Vaccination North-Western Provinces and Oudh 1878-1895 - 1878-1895
Year: 1878
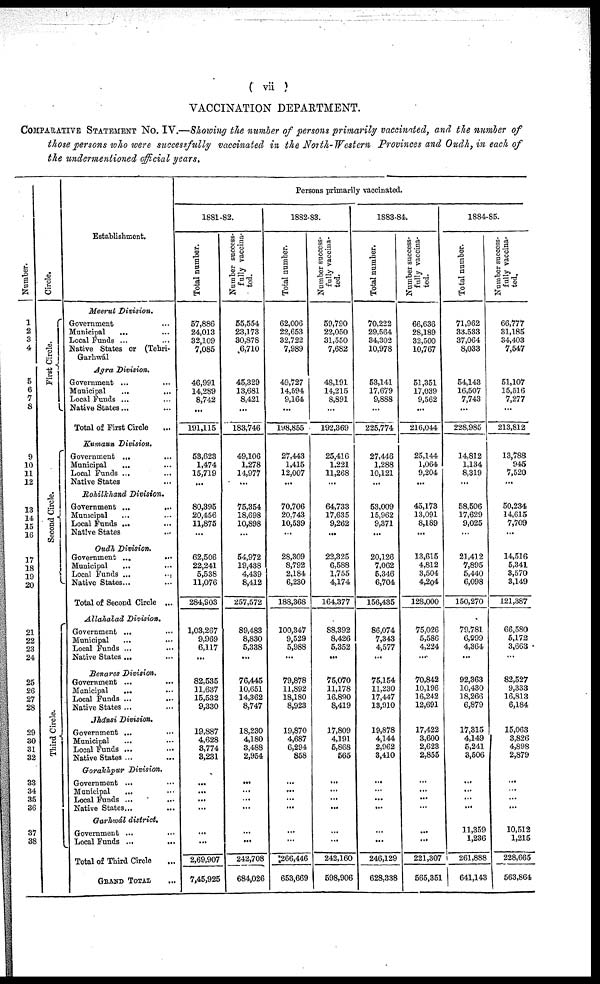
( vii )
VACCINATION DEPARTMENT.
COMPARATIVE STATEMENT No. IV.—Showing the number of persons primarily vaccinated, and the number of
those persons who were successfully vaccinated in the North-Western Provinces and Oudh, in each of
the undermentioned official years.
Number.
1
2
3
4
5
6
7
8
9
10
11
12
13
14
15
16
17
18
19
20
21
22
23
24
25
26
27
28
29
30
31
32
33
34
35
36
37
38
Circle.
First Circle.
Second Circle.
Third Circle.
Establishment.
Meerut Division.
Government ...
Municipal
... ...
Local Funds ... ...
Native States or (Tehri-
Garhwál
Agra Division.
Government ... ...
Municipal ... ...
Local Funds ... ...
Native States... ...
Total of First Circle ...
Kumaun Division.
Government ... ...
Municipal
... ...
Local Funds ... ...
Native States ...
Rohilkhand Division.
Government ...
...
Municipal ... ...
Local Funds ... ...
Native States ...
Oudh Division.
Government ...
...
Municipal ... ...
Local Funds ... ...
Native States... ...
Total of Second Circle ...
Allahabad Division.
Government ... ...
Municipal ... ...
Local Funds ... ...
Native States ... ...
Benares Division.
Government ... ...
Municipal ... ...
Local Funds ... ...
Native States ... ...
Jhánsi Division.
Government ... ...
Municipal ... ...
Local Funds ... ...
Native States ... ...
Gorakhpur Division.
Government ...
...
Municipal ... ...
Local Funds ... ...
Native States... ...
Garhiwál district.
Government ... ...
Local Funds ... ...
Total of Third Circle ...
GRAND TOTAL ...
Persons primarily vaccinated.
1881-82.
Total number.
57,886
24,013
32,109
7,085
46,991
14,289
8,742
...
191,115
53,623
1,474
15,719
...
80,395
20,456
11,875
...
62,506
22,241
5,538
11,076
284,903
1,03,267
9,969
6,117
...
82,535
11,637
15,532
9,330
19,887
4,628
3,774
3,231
...
...
...
...
...
...
2,69,907
7,45,925
Number success-
fully vaccina-
ted.
55,554
23,173
30,878
6,710
45,329
13,681
8,421
...
183,746
49,106
1,278
14,977
...
75,354
18,698
10,898
...
54,972
19,438
4,439
8,412
257,572
89,483
8,830
5,338
...
76,445
10,651
14,362
8,747
18,230
4,180
3,488
2,954
...
...
...
...
...
...
242,708
684,026
1882-83.
Total number.
62,006
22,653
32,722
7,989
49,727
14,594
9,164
...
198,855
27,443
1,415
12,007
...
70,706
20,743
10,539
...
28,309
8,792
2,184
6,230
188,368
100,347
9,529
5,988
...
79,878
11,892
18,180
8,923
19,870
4,687
6,294
858
...
...
...
...
...
...
266,446
653,669
Number success-
fully vaccina-
ted.
59,790
22,050
31,550
7,682
48,191
14,215
8,891
...
192,369
25,416
1,221
11,268
...
64,733
17,635
9,262
...
22,325
6,588
1,755
4,174
164,377
88,392
8,426
5,352
...
75,070
11,178
16,890
8,419
17,809
4,191
5,868
565
...
...
...
...
...
...
242,160
598,906
1883-84.
Total number.
70,222
29,564
34,302
10,978
53,141
17,679
9,888
...
225,774
27,446
1,288
10,121
...
53,009
15,962
9,371
...
20,126
7,062
5,346
6,704
156,435
86,074
7,343
4,577
...
75,154
11,230
17,447
13,910
19,878
4,144
2,962
3,410
...
...
...
...
...
...
246,129
628,338
Number success-
fully vaccina-
ted.
66,636
28,189
32,500
10,767
51,351
17,039
9,562
...
216,044
25,144
1,064
9,204
...
45,173
13,091
8,189
...
13,615
4,812
3,504
4,2o4
128,000
75,026
5,586
4,224
...
70,842
10,196
16,242
12,691
17,422
3,600
2,623
2,855
...
...
...
...
...
...
221,307
565,351
1884-85.
Total number.
71,962
33.533
37,064
8,033
54,143
16,507
7,743
...
228,985
14,812
1,134
8,319
...
58,506
17,629
9,025
...
21,412
7,895
5,440
6,098
150,270
79,781
6,999
4,364
...
92,363
10,430
18,266
6,879
17,315
4,149
5,241
3,506
...
...
...
...
11,359
1,236
i 261,888
641,143
Number success-
fully vaccina-
ted.
66,777
31,185
34,403
7,547
51,107
15,516
7,277
...
213,812
13,788
945
7,520
...
50,234
14,615
7,709
...
14,516
5,341
3,570
3,149
121,387
66,580
5,172
3,663
...
82,527
9,333
16,813
6,184
15,063
3,826
4,898
2,879
...
...
...
...
10,512
1,215
228,665
563,864